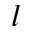
l